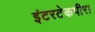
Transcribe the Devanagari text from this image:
इंटरटेकपीरा